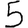
Digit: 5